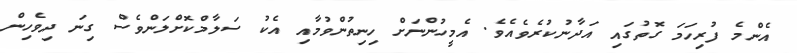
އެންމެ ފުރިހަމަ ގޮތުގައި އަދާނުކުރެވެއެވެ. އެމީހުންނަށް ހިނިތުންވުމާއި އެކު ސަލާމްކޮށްލަންވެސް ގިނަ ދިވެހިން